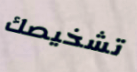
تشخيصك